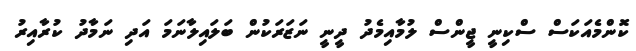
ކޮންމެއަކަސް ސްކިނީ ޖީންސް ލުމާއިމެދު ދީނީ ނަޒަރަކުން ބަލައިލާނަމަ އަދި ނަމާދު ކުރާއިރު